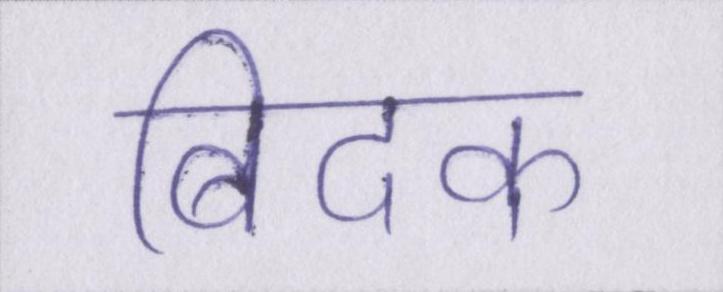
बिदक